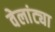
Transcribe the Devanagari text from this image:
वेलांट्या